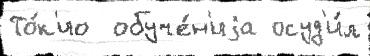
То́к'ио  обуче́н'иjа осуд'и́л